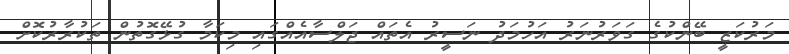
މަރުކަޒީ ބޭންކުގެ ގަވަރުނަރު އަހުމަދު ނަސީރު އެތައް ޖަލްސާއެއްގައި މިކަމާ ގުޅޭގޮތުން ތަކުރާރުކޮށް